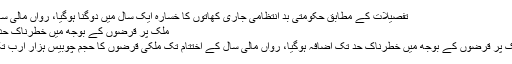
تفصیلات کے مطابق حکومتی بد انتظامی جاری کھاتوں کا خسارہ ایک سال میں دوگنا ہوگیا، رواں مالی سال مزید پڑھیں
ملک پر قرضوں کے بوجھ میں خطرناک حد تک اضافہ –
اسلام آباد : ملک پر قرضوں کے بوجھ میں خطرناک حد تک اضافہ ہوگیا، رواں مالی سال کے اختتام تک ملکی قرضوں کا حجم چوبیس ہزار ارب تک ہوجائے گا۔